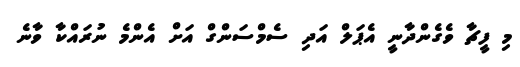
މި ފީޗާ ވެގެންދާނީ އެޕަލް އަދި ސެމްސަންގް އަށް އެންމެ ނުރައްކާ ވާނެ